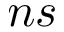
n s